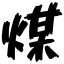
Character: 煤